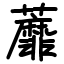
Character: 蘼